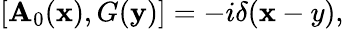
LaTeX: [\mathbf{A}_{0}({\mathbf{x}}),G({\mathbf{y}})]=-i\delta({\mathbf{x}-y}),